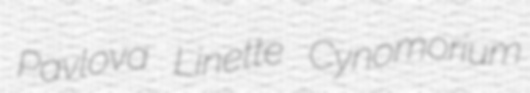
Pavlova Linette Cynomorium